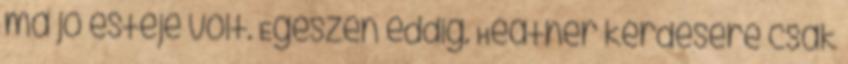
ma jó estéje volt. Egészen eddig. Heather kérdésére csak